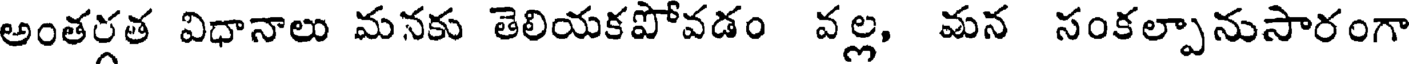
అంతర్గత విధానాలు మనకు తెలియకపోవడం వల్ల, మన సంకల్పానుసారంగా